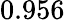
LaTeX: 0.956